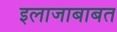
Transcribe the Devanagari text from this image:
इलाजाबाबत